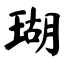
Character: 瑚